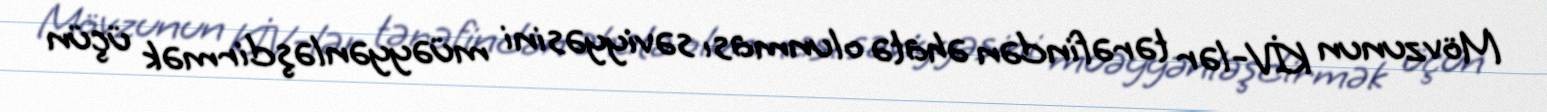
Mövzunun KİV-lər tərəfindən əhatə olunması səviyyəsini müəyyənləşdirmək üçün